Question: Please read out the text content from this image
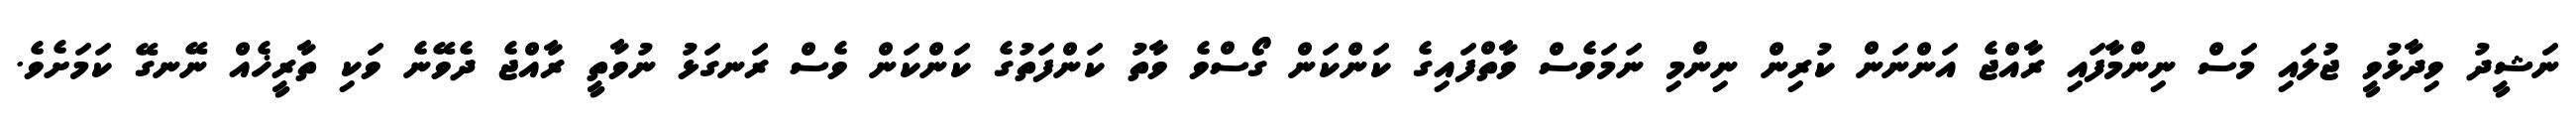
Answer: ނަޝީދު ވިދާޅުވީ ޖުލައި މަސް ނިންމާފައި ރާއްޖެ އަންނަން ކުރިން ނިންމި ނަމަވެސް ވާތްފައިގެ ކަންކަން ގޯސްވެ ވާތު ކަންފަތުގެ ކަންކަން ވެސް ރަނގަޅު ނުވާތީ ރާއްޖެ ދެވޭނެ ވަކި ތާރީޚެއް ނޭނގޭ ކަމަށެވެ.